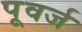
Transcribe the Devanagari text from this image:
पूवर्ज